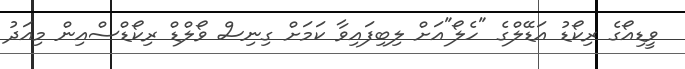
ވީޑިއޯގެ ރިކޯޑު އަޑޭލްގެ "ހެލޯ"އަށް ލިބިފައިވާ ކަމަށް ގިނިސް ވޯލްޑް ރިކޯޑްސްއިން މިއަދު